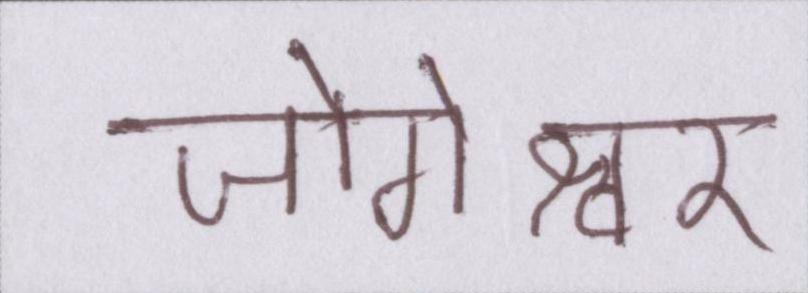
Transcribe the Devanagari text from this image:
जोगेश्वर